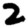
Digit: 2